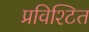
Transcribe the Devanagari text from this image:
प्रविश्टित